Annual report on the Civil Veterinary Department, Burma (including the Insein Veterinary School) - 1910-1922
Year: 1910
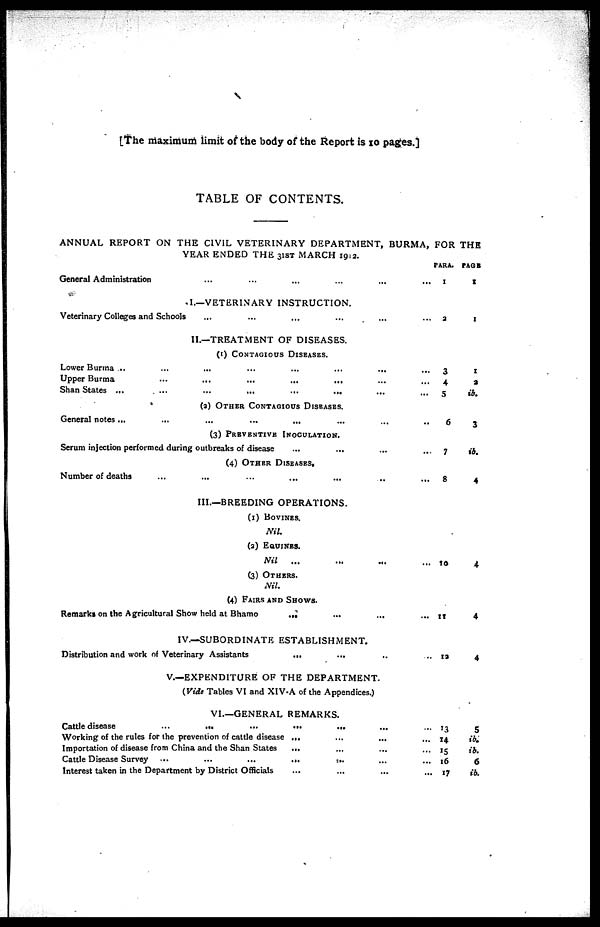
[The maximum limit of the body of the Report is 10 pages.]
TABLE OF CONTENTS.
ANNUAL REPORT ON THE CIVIL VETERINARY DEPARTMENT, BURMA, FOR THE
YEAR ENDED THE 31ST MARCH 1912.
General Administration
...
...
...
...
...
...
I.—VETERINARY INSTRUCTION.
Veterinary Colleges and Schools ... ... ... ... ... ...
II.—TREATMENT OF DISEASES.
(1) CONTAGIOUS DISEASES.
Lower Burma .. … … … ... ... ... ...
Upper Burma
...
...
...
...
... ... ... ...
Shan States ...
...
...
...
...
... ... ... ...
(a) OTHER CONTAGIOUS DISEASES.
General notes ...
...
...
...
... ... ... ...
(3)PREVENTIVE INOCULATION.
Serum injection performed during outbreaks of disease ... ... ... ... ...
(4) Other Diseases.
Number of deaths
...
...
...
...
...
.. …
III.—BREEDING OPERATIONS.
(1) BOVINES.
Nil.
(2) EQUINES.
Nil
... ... ... ... ...
(3) OTHERS.
Nil.
(4) FAIRS AND SHOWS.
Remarks on the Agricultural Show held at Bhamo … … … …
IV.—SUBORDINATE ESTABLISHMENT.
Distribution and work of Veterinary Assistants
...
... ... ...
V.—EXPENDITURE OF THE DEPARTMENT.
(Vide Tables VI and XIV-A of the Appendices.)
VI.—GENERAL REMARKS.
Cattle disease … … … … … … …
Working of the rules for the prevention of cattle disease ...
...
...
...
Importation of disease from China and the Shan States
... ... ... ... ...
Cattle Disease Survey ...
...
...
... …
Interest taken in the Department by District Officials ... ... ... ...
PARA.
1
2
3
4
5
6
7
8
to
11
12
13
14
15
16
17
PAGE
I
I
I
a
ib.
3
ib.
4
4
4
4
5
ib.
ib.
6
ib.